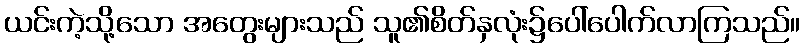
ယင်းကဲ့သို့သော အတွေးများသည် သူ၏စိတ်နှလုံး၌ပေါ်ပေါက်လာကြသည်။